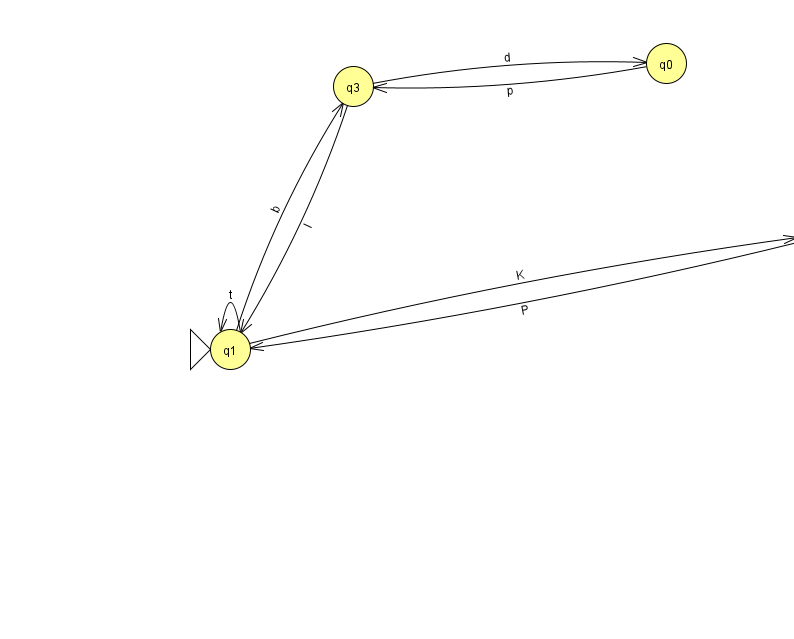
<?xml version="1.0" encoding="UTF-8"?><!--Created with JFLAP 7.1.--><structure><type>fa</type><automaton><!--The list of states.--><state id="0" name="q0"><x>666.0</x><y>50.0</y></state><state id="1" name="q1"><x>230.0</x><y>336.0</y><initial/></state><state id="2" name="q2"><x>816.0</x><y>223.0</y><final/></state><state id="3" name="q3"><x>353.0</x><y>73.0</y></state><!--The list of transitions.--><transition><from>3</from><to>1</to><read>l</read></transition><transition><from>2</from><to>1</to><read>P</read></transition><transition><from>1</from><to>1</to><read>t</read></transition><transition><from>1</from><to>2</to><read>K</read></transition><transition><from>3</from><to>0</to><read>d</read></transition><transition><from>0</from><to>3</to><read>p</read></transition><transition><from>1</from><to>3</to><read>b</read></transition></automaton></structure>